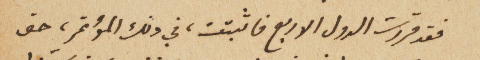
فقد قررت الدول الاربع فاثبتت، في ذلك المؤتمر، حق